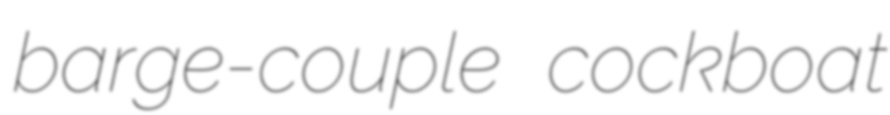
barge-couple cockboat